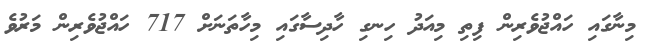
މިނާގައި ހައްޖުވެރިން ފިތި މިއަދު ހިނގި ހާދިސާގައި މިހާތަނަށް 717 ހައްޖުވެރިން މަރުވެ